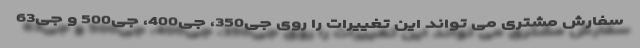
سفارش مشتری می تواند این تغییرات را روی جی350، جی400، جی500 و جی63